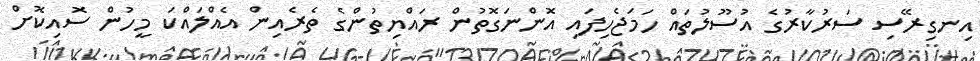
އިނގިރޭސި ސަރުކާރުގެ އުސޫލުތައް ހަމަޖެހިފައި އޮންނަގޮތުން ރައްޔިތުންގެ ތެރެއިން އެއްލައްކަ މީހުން ސޮއިކޮށް